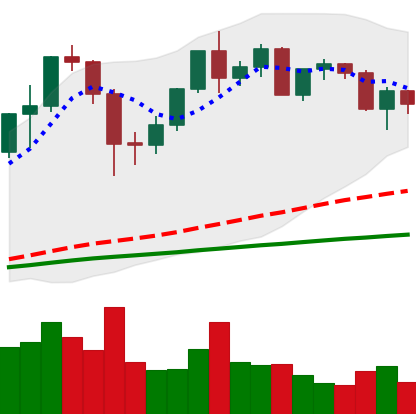
Ticker: ETH-USD
Chart end date: 2020-12-10
Forward return: 5.302%
Label: up_5_7